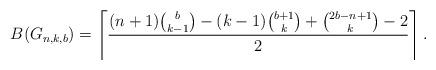
LaTeX: \begin{align*}B(G_{n,k,b})= \left\lceil\frac{(n+1)\binom{b}{k-1}-(k-1)\binom{b+1}{k}+\binom{2b-n+1}{k}-2}{2}\right\rceil.\end{align*}